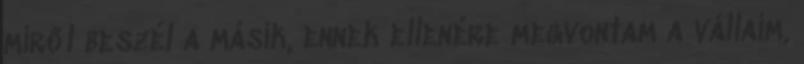
miről beszél a másik, ennek ellenére megvontam a vállaim,